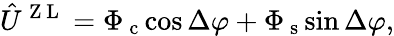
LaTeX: \hat{U}^{\mathrm{~Z~L~}}=\Phi_{\mathrm{~c~}}{\cos{\Delta\varphi}}+\Phi_{\mathrm{~s~}}{\sin{\Delta\varphi}},